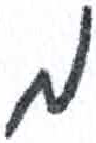
אות: מ